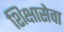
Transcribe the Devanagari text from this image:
शिक्षासेवा